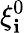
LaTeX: \xi_{\mathbf{i}}^{0}